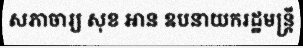
សភាចារ្យ សុខ អាន ឧបនាយករដ្ឋមន្ត្រី